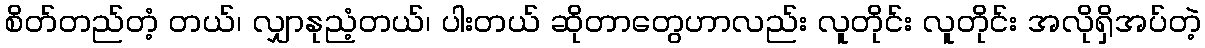
စိတ်တည်တံ့ တယ်၊ လျှာနုညံ့တယ်၊ ပါးတယ် ဆိုတာတွေဟာလည်း လူတိုင်း လူတိုင်း အလိုရှိအပ်တဲ့